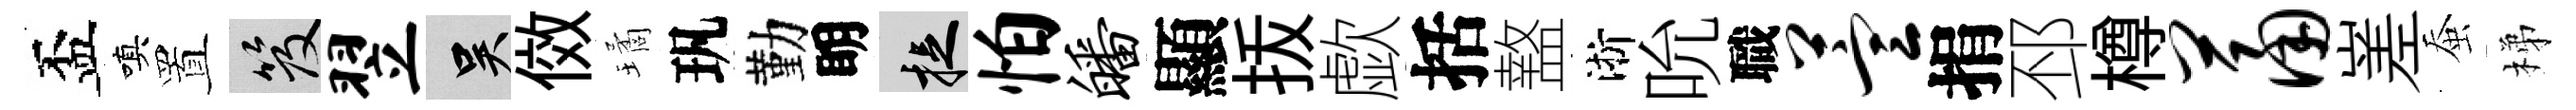
盃嗔置笈翌吴傚璚㺬勤眀捉怕皤顯㧞歔括盩淅吮職萱捐邳樽萧嵳蚕梯